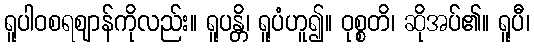
ရူပါဝစရဈာန်ကိုလည်း။ ရူပန္တိ၊ ရူပံဟူ၍။ ဝုစ္စတိ၊ ဆိုအပ်၏။ ရူပီ၊